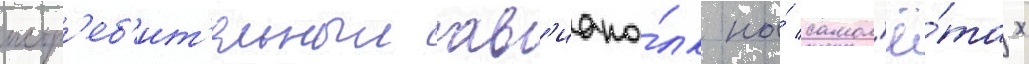
истр'еб'ит'ельныи ав'иапо́лк на́ самол'ё́тах